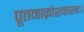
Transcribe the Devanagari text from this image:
पूतनाक्रोशकारकः।